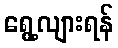
ရွေ့လျားရန်